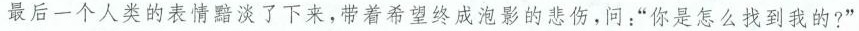
最后一个人类的表情黯淡了下来，带着希望终成泡影的悲伤，问：“你是怎么找到我的?”